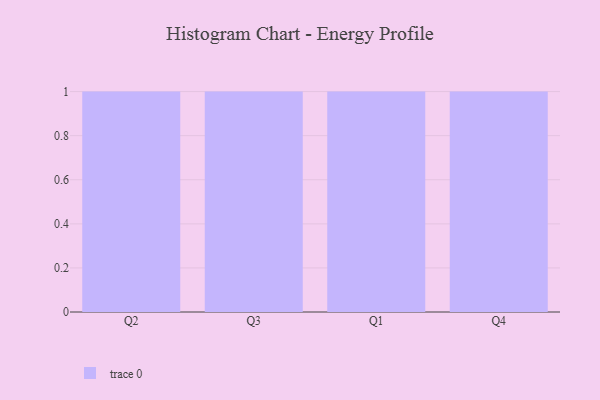
{"axis": {"x": "Quarter", "y": "Energy Usage (MWh)"}, "legend": [""], "data": [{"x": "Q2", "y": 36, "type": ""}, {"x": "Q3", "y": 47, "type": ""}, {"x": "Q1", "y": 41, "type": ""}, {"x": "Q4", "y": 84, "type": ""}]}